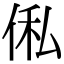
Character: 俬